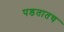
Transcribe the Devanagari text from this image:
पडतातच